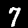
Digit: 7